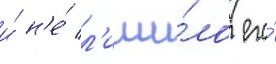
и́ н'е́ л'иши́ло его́